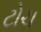
ટોચ